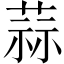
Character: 蒜